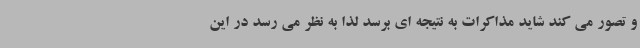
و تصور می کند شاید مذاکرات به نتیجه ای برسد لذا به نظر می رسد در این